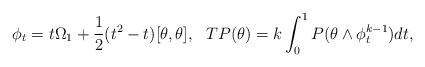
LaTeX: \begin{align*}\phi_t =t\Omega_1+\frac{1}{2}(t^2-t)[\theta,\theta],\ \ TP(\theta)=k\int_0^1 P(\theta\wedge \phi^{k-1}_t)dt,\end{align*}